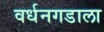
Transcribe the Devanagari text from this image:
वर्धनगडाला